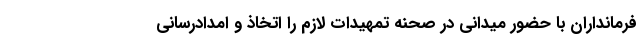
فرمانداران با حضور میدانی در صحنه تمهیدات لازم را اتخاذ و امدادرسانی